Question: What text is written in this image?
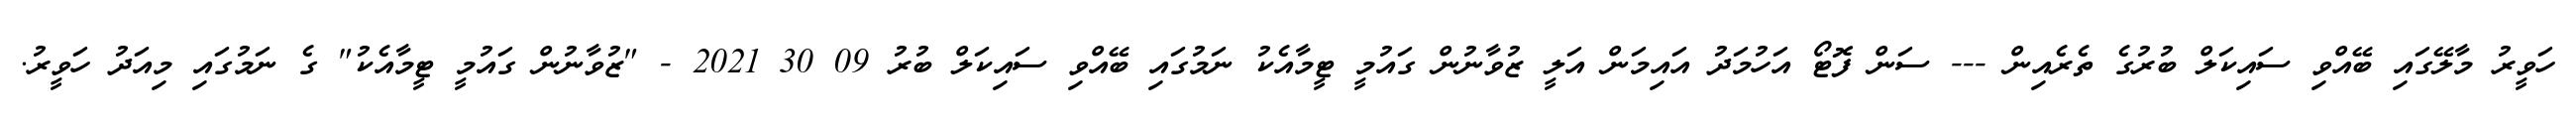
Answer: ހަވީރު މާލޭގައި ބޭއްވި ސައިކަލް ބުރުގެ ތެރެއިން --- ސަން ފޮޓޯ އަހުމަދު އައިމަން އަލީ ޒުވާނުން ގައުމީ ޓީމާއެކު ނަމުގައި ބޭއްވި ސައިކަލް ބުރު 09 30 2021 - "ޒުވާނުން ގައުމީ ޓީމާއެކު" ގެ ނަމުގައި މިއަދު ހަވީރު.